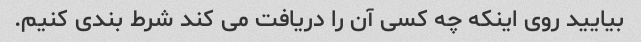
بیایید روی اینکه چه کسی آن را دریافت می کند شرط بندی کنیم.